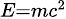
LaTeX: \scriptstyle{E=mc^{2}}